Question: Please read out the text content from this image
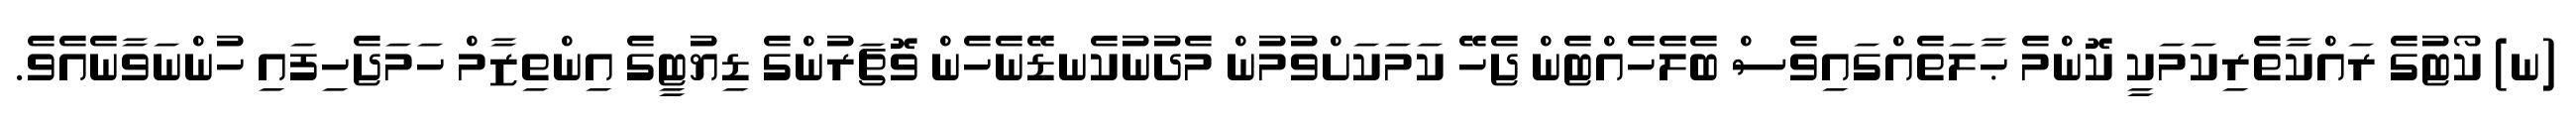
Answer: (ނ) ކޯޓުގެ ރައްކާތެރިކަމަކީ ކޮންމެ ޙާލަތެއްގައިވެސް ބެލެހެއްޓެން ޖެހޭ ކަމަކަށްވުމުން މެދުނުކެނޑޭނެހެން ވޮޗަރުންގެ ޑިޔުޓީގެ އިންތިޒާމް ހަމަޖެހިފައި ހުންނަވާނެއެވެ.